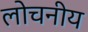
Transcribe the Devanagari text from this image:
लोचनीय